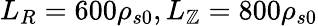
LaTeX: L_{R}=600\rho_{s0},L_{\mathbb{Z}}=800\rho_{s0}